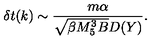
\delta t ( k ) \sim { \frac { m \alpha } { \sqrt { \beta M _ { 5 } ^ { 3 } B } D ( Y ) } } .